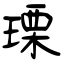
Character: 瑮